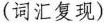
(词汇复现)